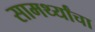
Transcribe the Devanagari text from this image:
सामर्थ्यांचा